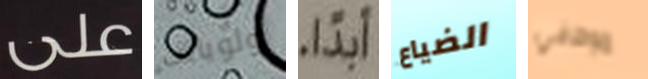
على أولوياتك ابداً الضياع موظفي